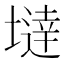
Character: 𡐿